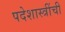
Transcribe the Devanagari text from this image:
पदेशास्त्रींची